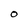
Character: O